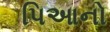
પિઆનો